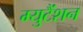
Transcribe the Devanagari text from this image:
म्युटैंशन